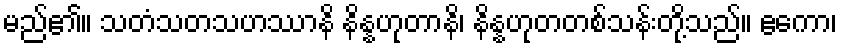
မည်၏။ သတံသတသဟဿာနိ နိန္နဟုတာနိ၊ နိန္နဟုတတစ်သန်းတို့သည်။ ဧကော၊